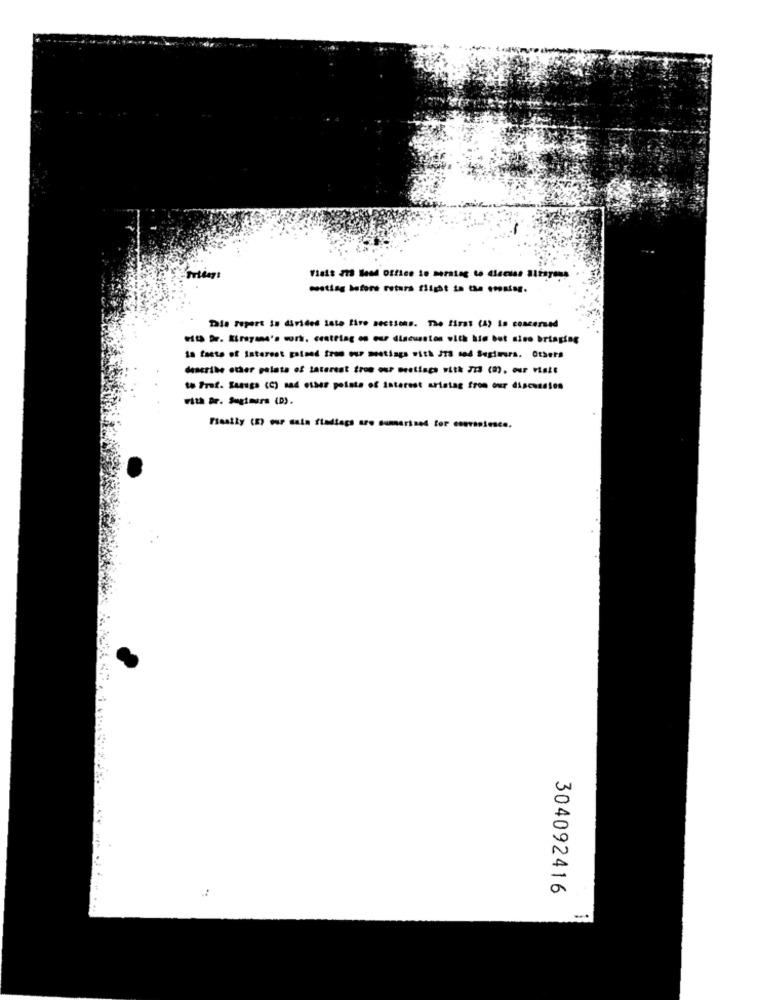
oosting before retura flight in the Postag.
This report is divided into five sections. The first (A) is concerned
esta Dr. Sirayana's work. cratting on our discussion with him but sino bringing
ta faeto of Interest gained from our meetings with ITS no4 Sugiturs. Others
describe other pelata of tatersat tros our meetings with 713 (0), our vtale
to Prof. Ssauga (C) sad other points of interest artetag from our discussion
with Dr. Sugimurs (D).
Fieally (E) our sain fladtags are sumarined for convenience.
304092416
-